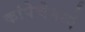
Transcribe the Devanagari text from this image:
कांपेचेमध्ये